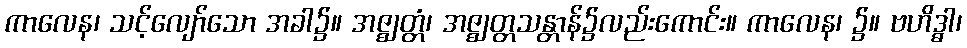
ကာလေန၊ သင့်လျော်သော အခါ၌။ အဇ္ဈတ္တံ၊ အဇ္ဈတ္တသန္တာန်၌လည်းကောင်း။ ကာလေန၊ ၌။ ဗဟိဒ္ဓါ၊